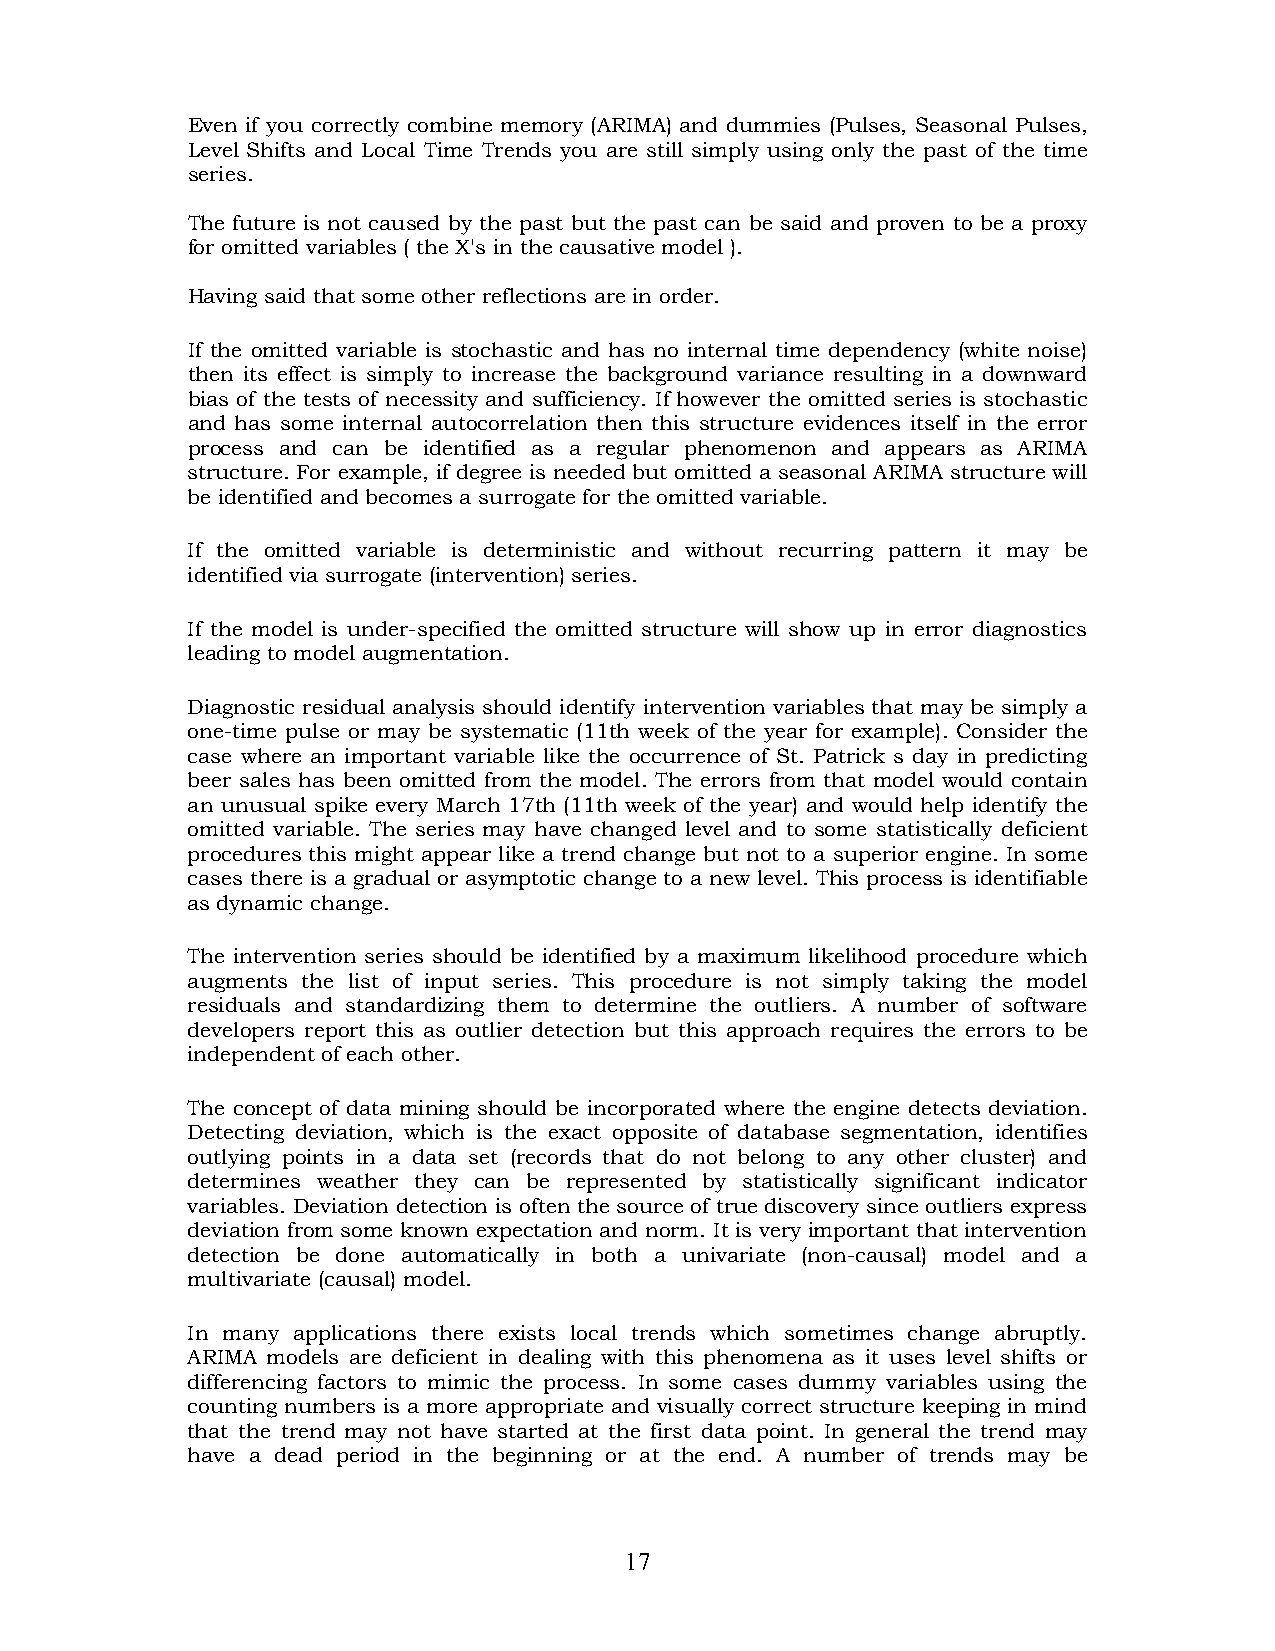
Even if you correctly combine memory (ARIMA) and dummies (Pulses, Seasonal Pulses,
 Level Shifts and Local Time Trends you are still simply using only the past of the time
 series.
 The future is not caused by the past but the past can be said and proven to be a proxy
 for omitted variables ( the X's in the causative model ).
 Having said that some other reflections are in order.
 If the omitted variable is stochastic and has no internal time dependency (white noise)
 then its effect is simply to increase the background variance resulting in a downward
 bias of the tests of necessity and sufficiency. If however the omitted series is stochastic
 and has some internal autocorrelation then this structure evidences itself in the error
 process and can be identified as a regular phenomenon and appears as ARIMA
 structure. For example, if degree is needed but omitted a seasonal ARIMA structure will
 be identified and becomes a surrogate for the omitted variable.
 If the omitted variable is deterministic and without recurring pattern it may be
 identified via surrogate (intervention) series.
 If the model is under-specified the omitted structure will show up in error diagnostics
 leading to model augmentation.
 Diagnostic residual analysis should identify intervention variables that may be simply a
 one-time pulse or may be systematic (11th week of the year for example). Consider the
 case where an important variable like the occurrence of St. Patrick s day in predicting
 beer sales has been omitted from the model. The errors from that model would contain
 an unusual spike every March 17th (11th week of the year) and would help identify the
 omitted variable. The series may have changed level and to some statistically deficient
 procedures this might appear like a trend change but not to a superior engine. In some
 cases there is a gradual or asymptotic change to a new level. This process is identifiable
 as dynamic change.
 The intervention series should be identified by a maximum likelihood procedure which
 augments the list of input series. This procedure is not simply taking the model
 residuals and standardizing them to determine the outliers. A number of software
 developers report this as outlier detection but this approach requires the errors to be
 independent of each other.
 The concept of data mining should be incorporated where the engine detects deviation.
 Detecting deviation, which is the exact opposite of database segmentation, identifies
 outlying points in a data set (records that do not belong to any other cluster) and
 determines weather they can be represented by statistically significant indicator
 variables. Deviation detection is often the source of true discovery since outliers express
 deviation from some known expectation and norm. It is very important that intervention
 detection be done automatically in both a univariate (non-causal) model and a
 multivariate (causal) model.
 In many applications there exists local trends which sometimes change abruptly.
 ARIMA models are deficient in dealing with this phenomena as it uses level shifts or
 differencing factors to mimic the process. In some cases dummy variables using the
 counting numbers is a more appropriate and visually correct structure keeping in mind
 that the trend may not have started at the first data point. In general the trend may
 have a dead period in the beginning or at the end. A number of trends may be
 17